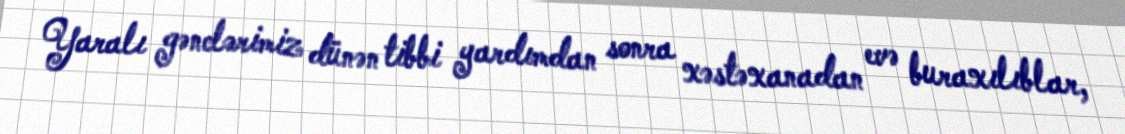
Yaralı gənclərimiz dünən tibbi yardımdan sonra xəstəxanadan evə buraxılıblar,